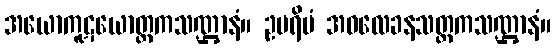
အယောကူဋယောတ္တကသဏ္ဌာနံ။ ဥပရိမံ အဝလေခနသတ္ထကသဏ္ဌာနံ။